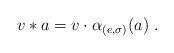
LaTeX: \begin{align*}v \ast a = v\cdot \alpha_{(e, \sigma)}(a)\ .\end{align*}